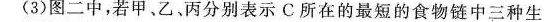
(3)图二中，若甲。乙、丙分别表示C所在的最短的食物链中三种生